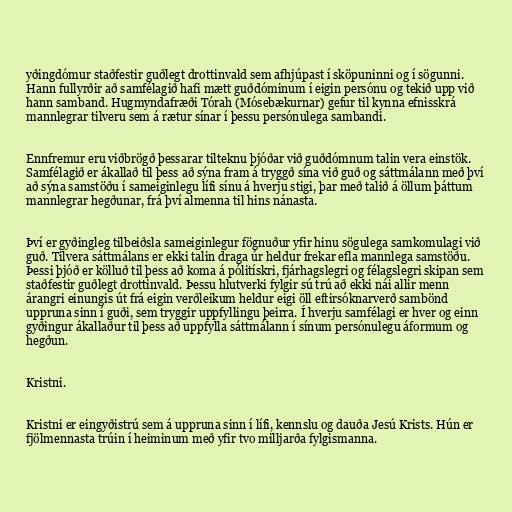
yðingdómur staðfestir guðlegt drottinvald sem afhjúpast í sköpuninni og í sögunni.
Hann fullyrðir að samfélagið hafi mætt guðdóminum í eigin persónu og tekið upp við
hann samband. Hugmyndafræði Tórah (Mósebækurnar) gefur til kynna efnisskrá
mannlegrar tilveru sem á rætur sínar í þessu persónulega sambandi.

Ennfremur eru viðbrögð þessarar tilteknu þjóðar við guðdómnum talin vera einstök.
Samfélagið er ákallað til þess að sýna fram á tryggð sína við guð og sáttmálann með því
að sýna samstöðu í sameiginlegu lífi sínu á hverju stigi, þar með talið á öllum þáttum
mannlegrar hegðunar, frá því almenna til hins nánasta.

Því er gyðingleg tilbeiðsla sameiginlegur fögnuður yfir hinu sögulega samkomulagi við
guð. Tilvera sáttmálans er ekki talin draga úr heldur frekar efla mannlega samstöðu.
Þessi þjóð er kölluð til þess að koma á pólitískri, fjárhagslegri og félagslegri skipan sem
staðfestir guðlegt drottinvald. Þessu hlutverki fylgir sú trú að ekki nái allir menn
árangri einungis út frá eigin verðleikum heldur eigi öll eftirsóknarverð sambönd
uppruna sinn í guði, sem tryggir uppfyllingu þeirra. Í hverju samfélagi er hver og einn
gyðingur ákallaður til þess að uppfylla sáttmálann í sínum persónulegu áformum og
hegðun.

Kristni.

Kristni er eingyðistrú sem á uppruna sinn í lífi, kennslu og dauða Jesú Krists. Hún er
fjölmennasta trúin í heiminum með yfir tvo milljarða fylgismanna.